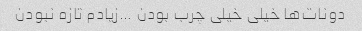
دونات‌ها خیلی خیلی چرب بودن …زیادم تازه نبودن